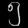
Digit: ၅